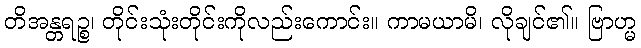
တိအန္တရဉ္စ၊ တိုင်းသုံးတိုင်းကိုလည်းကောင်း။ ကာမယာမိ၊ လိုချင်၏။ ဗြာဟ္မ